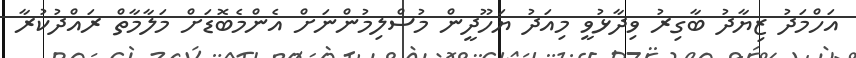
އަހްމަދު ޒިޔާދު ބާގިރު ވިދާޅުވީ މިއަދު ޔަހޫދީން މުސްލިމުންނަށް އެންމެބޮޑަށް މަލާމާތް ރައްދުކުރާ